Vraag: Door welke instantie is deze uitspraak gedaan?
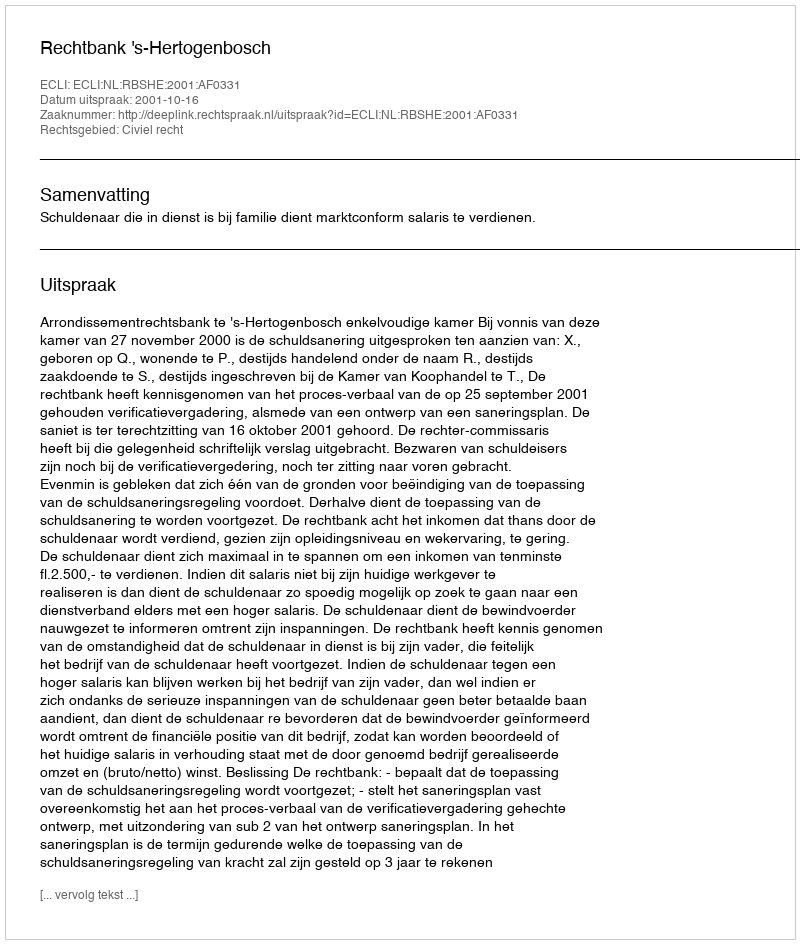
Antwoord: Rechtbank 's-Hertogenbosch